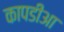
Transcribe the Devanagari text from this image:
कापडीआ